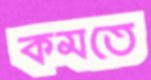
কমতে